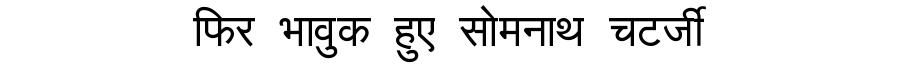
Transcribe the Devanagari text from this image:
फिर भावुक हुए सोमनाथ चटर्जी